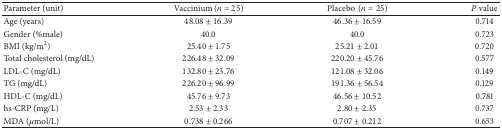
| Parameter (unit) | Vaccinium (n = 25) | Placebo(n = 25) | P value |
 | --- | --- | --- | --- |
 | Age (years) | 48.08 ± 16.39 | 46.36 ± 16.59 | 0.714 |
 | Gender (%male) | 40.0 | 40.0 | 0.723 |
 | BMI (kg/m2) | 25.40 ± 1.75 | 25.21 ± 2.01 | 0.720 |
 | Total cholesterol (mg/dL) | 226.48 ± 32.09 | 220.20 ± 45.76 | 0.577 |
 | LDL-C (mg/dL) | 132.80 ± 23.76 | 121.08 ± 32.06 | 0.149 |
 | TG (mg/dL) | 226.20 ± 96.99 | 191.36 ± 56.54 | 0.129 |
 | HDL-C (mg/dL) | 45.76 ± 9.73 | 46.56 ± 10.52 | 0.781 |
 | hs-CRP (mg/L) | 2.53 ± 2.33 | 2.80 ± 2.35 | 0.737 |
 | MDA (μmol/L) | 0.738 ± 0.266 | 0.707 ± 0.212 | 0.653 |